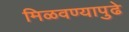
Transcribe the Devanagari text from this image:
मिळवण्यापुढे